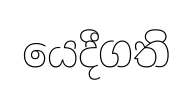
යෙදීගති